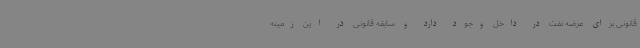
قانونی برای عرضه نفت در داخل وجود دارد و سابقه قانونی در این زمینه